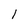
Character: 1